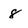
Character: 8